Annual administration report of the Civil Veterinary Department of India - 1899-1900
Year: 1899
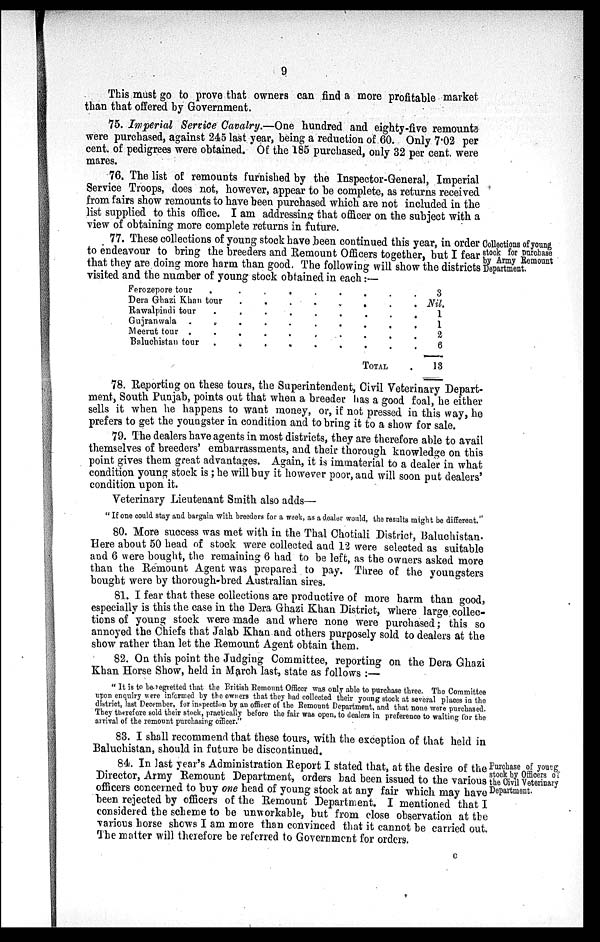
9
This must go to prove that owners can find a more profitable market
than that offered by Government.
75. Imperial Service Cavalry.—One hundred and eighty-five remounts
were purchased, against 245 last year, being a reduction of 60. Only 7.02 per
cent. of pedigrees were obtained. Of the 185 purchased, only 32 per cent. were
mares.
76. The list of remounts furnished by the Inspector-General, Imperial
Service Troops, does not, however, appear to be complete, as returns received
from fairs show remounts to have been purchased which are not included in the
list supplied to this office. I am addressing that officer on the subject with a
view of obtaining more complete returns in future.
Collections of young
stock for purchase
by Army Remount
Department.
77. These collections of young stock have been continued this year, in order
to endeavour to bring the breeders and Remount Officers together, but I fear
that they are doing more harm than good. The following will show the districts
visited and the number of young stock obtained in each:—
Ferozepore
tour
.
.
.
.
.
.
.
.
Dera Ghazi Khan tour
.
.
.
.
.
.
Rawalpindi tour
.
.
.
.
.
.
.
.
Gujranwala
.
.
.
.
.
.
.
.
Meerut tour
.
.
.
.
.
.
.
.
Baluchistan tour
.
.
.
.
.
.
.
.
TOTAL
3
Nil.
1
1
2
6
13
78. Reporting on these tours, the Superintendent, Civil Veterinary Depart-
ment, South Punjab, points out that when a breeder has a good foal, he either
sells it when he happens to want money, or, if not pressed in this way, he
prefers to get the youngster in condition and to bring it to a show for sale.
79. The dealers have agents in most districts, they are therefore able to avail
themselves of breeders' embarrassments, and their thorough knowledge on this
point gives them great advantages. Again, it is immaterial to a dealer in what
condition young stock is; he will buy it however poor, and will soon put dealers'
condition upon it.
Veterinary Lieutenant Smith also adds—
"If one could stay and bargain with breeders for a week, as a dealer would, the results might be different."
80. More success was met with in the Thal Chotiali District, Baluchistan.
Here about 50 head of stock were collected and 12 were selected as suitable
and 6 were bought, the remaining 6 had to be left, as the owners asked more
than the Remount Agent was prepared to pay. Three of the youngsters
bought were by thorough-bred Australian sires.
81. I fear that these collections are productive of more harm than good,
especially is this the case in the Dera Ghazi Khan District, where large collec-
tions of young stock were made and where none were purchased; this so
annoyed the Chiefs that Jalab Khan and others purposely sold to dealers at the
show rather than let the Remount Agent obtain them.
82. On this point the Judging Committee, reporting on the Dera Ghazi
Khan Horse Show, held in March last, state as follows:—
"It is to beregretted that the British Remount Officer was only able to purchase three. The Committee
upon enquiry were informed by the owners that they had collected their young stock at several places in the
district, last December, for inspection by an officer of the Remount Department, and that none were purchased.
They therefore sold their stock, practically before the fair was open, to dealers in preference to waiting for the
arrival of the remount purchasing officer."
83. I shall recommend that these tours, with the exception of that held in
Baluchistan, should in future be discontinued.
Purchase of young
stock by Officers of
the Civil Veterinary
Department.
84. In last year's Administration Report I stated that, at the desire of the
Director, Army Remount Department, orders had been issued to the various
officers concerned to buy one head of young stock at any fair which may have
been rejected by officers of the Remount Department. I mentioned that I
considered the scheme to be unworkable, but from close observation at the
various horse shows I am more than convinced that it cannot be carried out.
The matter will therefore be referred to Government for orders.
C